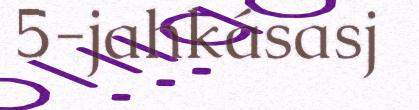
5-jahkásasj